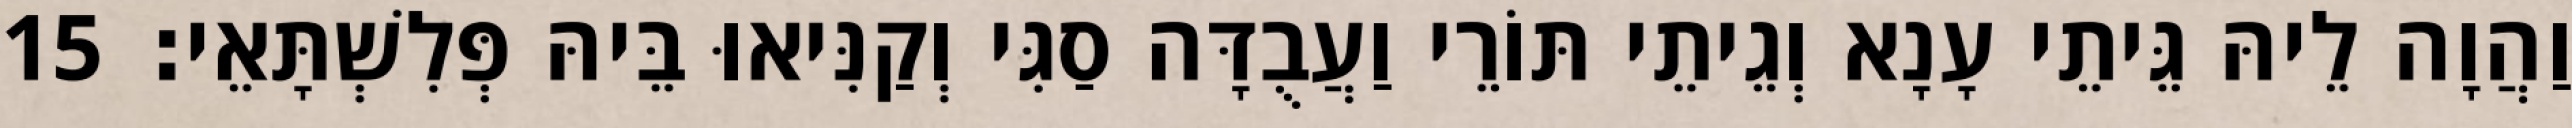
וַהֲוָה לֵיהּ גֵּיתֵי עָנָא וְגֵיתֵי תּוֹרֵי וַעֲבֻדָּה סַגִּי וְקַנִּיאוּ בֵּיהּ פְּלִשְׁתָּאֵי׃ 15